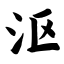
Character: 沤